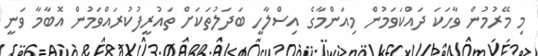
މި މޭރުމުން ވާހަކަ ދައްކަވަމުން މިއަންމާގެ އިސްލާހީ ބަދަލުތަކަށް ތައުރީފުކުރައްވަމުން އޮބާމާ ވަނީ